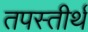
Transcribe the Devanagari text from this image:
तपस्तीर्थं